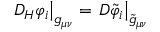
\left. { \cal D } _ { H } \varphi _ { i } \right| _ { g _ { \mu \nu } } = \left. { \cal D } \tilde { \varphi } _ { i } \right| _ { \tilde { g } _ { \mu \nu } }